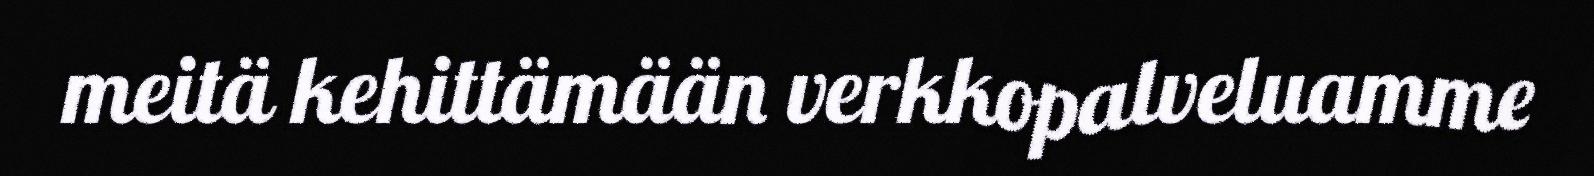
meitä kehittämään verkkopalveluamme